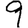
Digit: 9